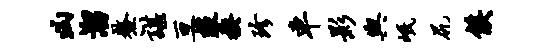
凶溜鳌谌亘攀揆珍车影舆岷尻侯